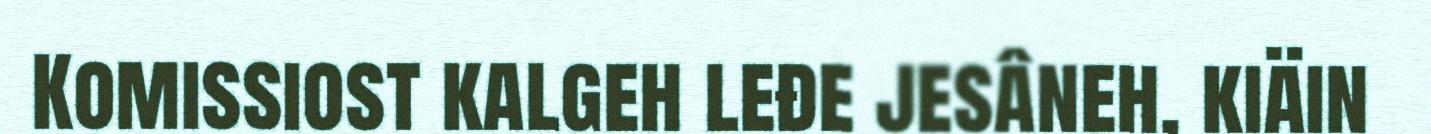
Komissiost kalgeh leđe jesâneh, kiäin